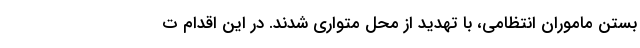
بستن ماموران انتظامی، با تهدید از محل متواری شدند. در این اقدام ت